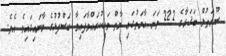
ސޫރަތުލް ބަޤަރާގެ 222 ވަނަ އާޔަތުގައި މާތް ވަޙީކުރައްވާފައިވާ ބަސްފުޅުގެ މާނައިގައިވެ އެވެ.